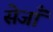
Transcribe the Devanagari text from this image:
सेजाँ